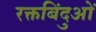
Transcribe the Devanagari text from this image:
रक्तबिंदुओं